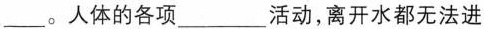
___。人体的各项___活动，离开水都无法进